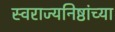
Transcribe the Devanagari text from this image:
स्वराज्यनिष्ठांच्या